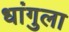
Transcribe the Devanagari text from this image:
धांगुला